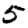
Digit: 5